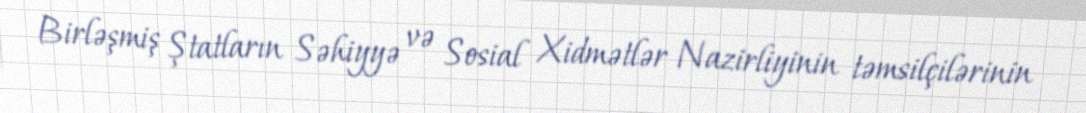
Birləşmiş Ştatların Səhiyyə və Sosial Xidmətlər Nazirliyinin təmsilçilərinin